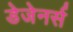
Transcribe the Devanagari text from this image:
डेजेनर्स